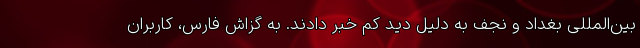
بین‌المللی بغداد و نجف به دلیل دید کم خبر دادند. به گزاش فارس، کاربران